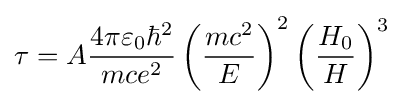
\tau =A{\frac {4\pi \varepsilon _{0}\hbar ^{2}}{mce^{2}}}\left({\frac {mc^{2}}{E}}\right)^{2}\left({\frac {H_{0}}{H}}\right)^{3}